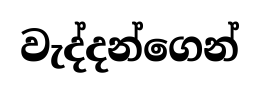
වැද්දන්ගෙන්